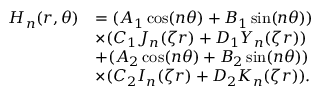
\begin{array} { r l } { H _ { n } ( r , \theta ) } & { = ( A _ { 1 } \cos ( n \theta ) + B _ { 1 } \sin ( n \theta ) ) } \\ & { \times ( C _ { 1 } J _ { n } ( \zeta r ) + D _ { 1 } Y _ { n } ( \zeta r ) ) } \\ & { + ( A _ { 2 } \cos ( n \theta ) + B _ { 2 } \sin ( n \theta ) ) } \\ & { \times ( C _ { 2 } I _ { n } ( \zeta r ) + D _ { 2 } K _ { n } ( \zeta r ) ) . } \end{array}